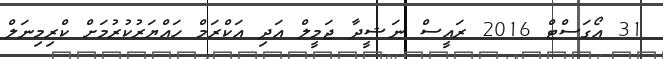
31 އޯގަސްޓް 2016 ރައީސް ނަޝީދާ ޖަމީލް އަދި އަކްރަމް ހައްޔަރުކުރުމަށް ކްރިމިނަލް